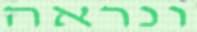
ונראה